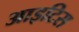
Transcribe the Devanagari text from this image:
आइटिस